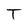
Character: T